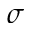
\sigma